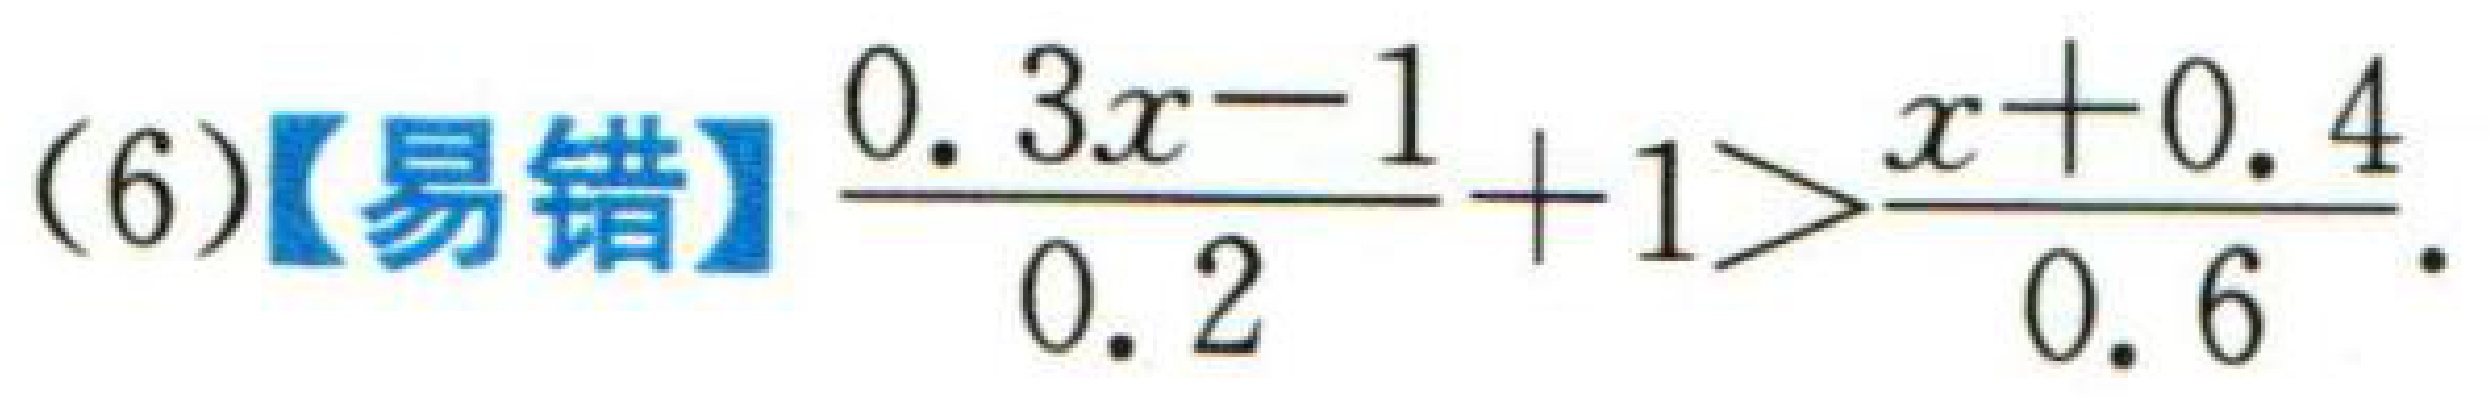
(6)【易错】$\frac{0.3x - 1}{0.2}+1>\frac{x + 0.4}{0.6}$.